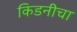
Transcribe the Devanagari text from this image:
किडनीचा